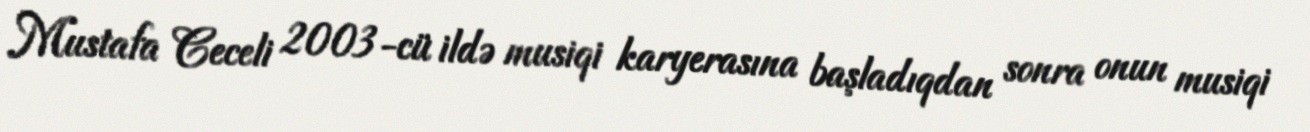
Mustafa Ceceli 2003-cü ildə musiqi karyerasına başladıqdan sonra onun musiqi